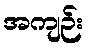
အကျဉ်း